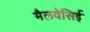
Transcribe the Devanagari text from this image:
मैलवेसिई